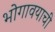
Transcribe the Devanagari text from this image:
भोगावयाची